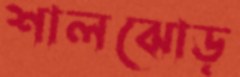
শালঝোড়